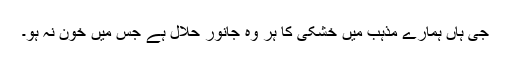
جی ہاں ہمارے مذہب ميں خشکی کا ہر وہ جانور حلال ہے جس ميں خون نہ ہو۔